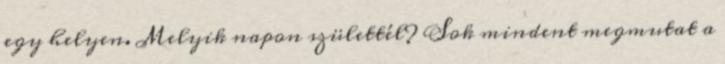
egy helyen. Melyik napon születtél? Sok mindent megmutat a